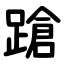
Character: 蹌